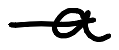
Text: a
Cross-out: single-line
Writing tool: digital_black